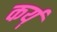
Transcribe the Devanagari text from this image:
कर्य्